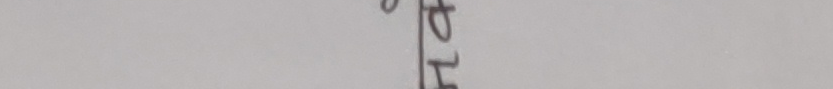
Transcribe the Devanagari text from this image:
टुर